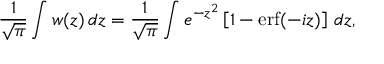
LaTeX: { \frac { 1 } { \sqrt { \pi } } } \int w ( z ) \, d z = { \frac { 1 } { \sqrt { \pi } } } \int e ^ { - z ^ { 2 } } \left[ 1 - \operatorname { e r f } ( - i z ) \right] \, d z ,